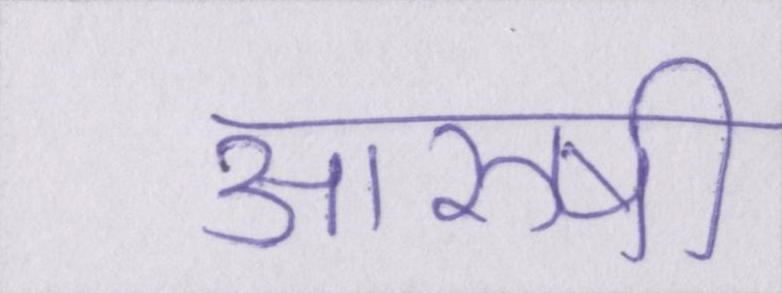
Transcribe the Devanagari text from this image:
आरुषी